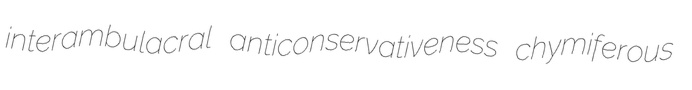
interambulacral anticonservativeness chymiferous